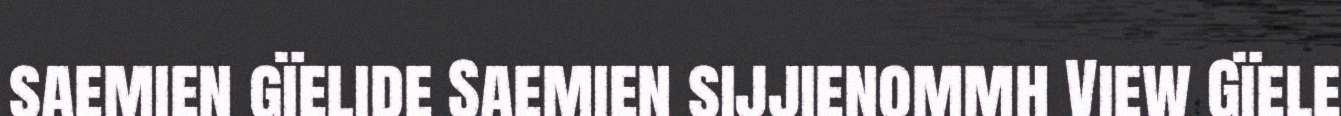
saemien gïelide Saemien sijjienommh View Gïele